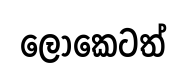
ලෝකෙටත්